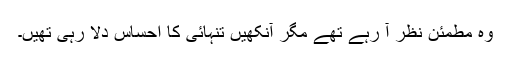
وہ مطمئن نظر آ رہے تھے مگر آنکھیں تنہائی کا احساس دلا رہی تھیں۔